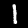
Digit: 1